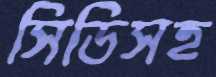
সিডিসহ